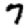
Digit: 7